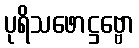
ပုရိသဖောဋ္ဌဗ္ဗော